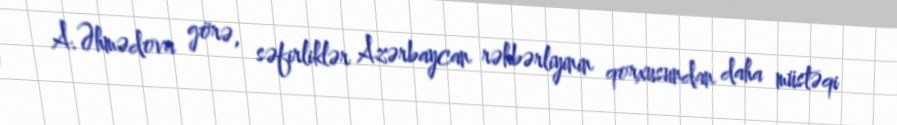
A.Əhmədova görə, səfirliklər Azərbaycan rəhbərliyinin qorxusundan daha müstəqi